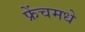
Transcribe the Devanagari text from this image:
फ्रेंचमधे